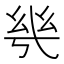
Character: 𭙌